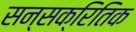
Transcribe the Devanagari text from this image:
सन्सक्रितिक